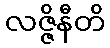
လဇ္ဇိနီတိ